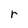
Character: r